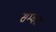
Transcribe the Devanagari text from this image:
सम्‍वत